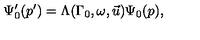
\Psi _ { 0 } ^ { \prime } ( p ^ { \prime } ) = \Lambda ( \Gamma _ { 0 } , \omega , \vec { u } ) \Psi _ { 0 } ( p ) ,